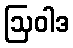
ဩဝါဒ